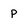
Character: p